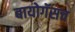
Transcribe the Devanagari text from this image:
बायोगॅसच